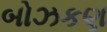
બોઝકણ